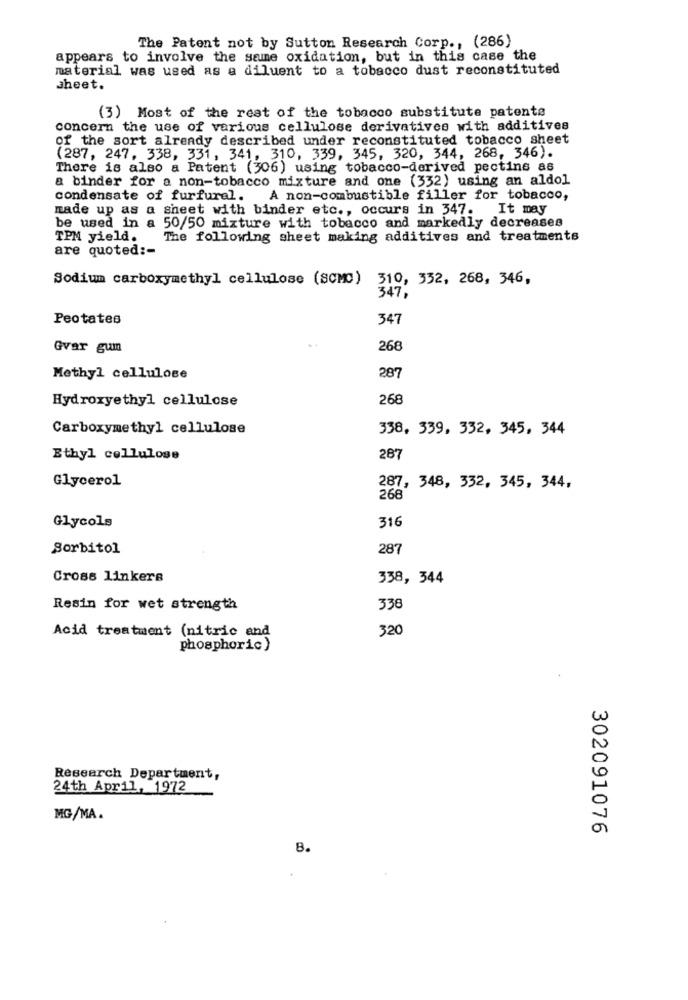
The Patent not by Sutton Research Corp ., (286)
appears to involve the same oxidation, but in this case the
material was used as a diluent to a tobacco dust reconstituted
sheet.
(3) Most of the rest of the tobacco substitute patente
concern the use of various cellulose derivatives with additives
of the sort already described under reconstituted tobacco sheet
(287, 247, 338, 331, 341, 310, 339, 345, 320, 344, 268, 346).
There is also a Patent (306) using tobacco-derived pectins as
a binder for a non-tobacco mixture and one (332) using an aldol
condensate of furfural.
A non-combustible filler for tobacco,
made up as a sheet with binder etc ., occurs in 347. It may
be used in a 50/50 mixture with tobacco and markedly decreases
TPM yield.
The following sheet making additives and treatments
are quoted :-
Sodium carboxymethyl cellulose (SCMC) 310, 332, 268, 346,
347,
Peotates
347
Gvar guin
268
287
Methyl cellulose
Hydroxyethyl cellulose
268
Carboxymethyl cellulose
338, 339, 332, 345, 344
Ethyl cellulose
287
Glycerol
287, 348, 332, 345, 344,
268
Glycols
316
Sorbitol
287
Cross linkers
338, 344
Resin for wet strength
338
Acid treatment (nitric and
320
phosphoric)
Research Department,
24th April, 1972
MG/MA.
302091076
8.